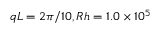
q L = 2 \pi / 1 0 , R h = 1 . 0 \times 1 0 ^ { 5 }